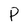
Character: P